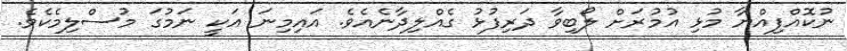
ނުކޮއްފިއްޔާ މުޅި އުމުރަށް ލޯބިވާ ދަރިފުޅު ގެއްލިދާނެއެވެ. އައިމިނަ އަކީ ނަމުގަ މުސްލިމެކެވެ.